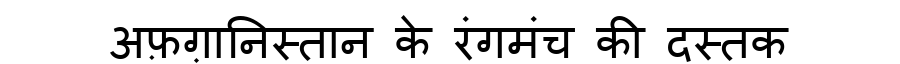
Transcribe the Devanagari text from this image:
अफ़ग़ानिस्तान के रंगमंच की दस्तक